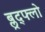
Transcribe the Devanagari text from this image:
ब्लूद्फ्लो